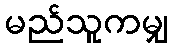
မည်သူကမျှ